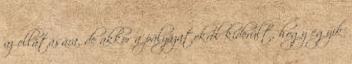
az ellátására, de akkor a pályázatokról kiderült, hogy egyik